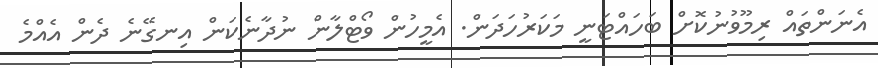
އެނަންތައް ރިމޫވުނުކޮށް ބަހައްޓަނީ މަކަރުހަދަން. އެމީހުން ވޯޓްލާން ނުދާނެކަން އިނގޭނެ ދެން އެއްމެ